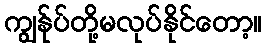
ကျွန်ုပ်တို့မလုပ်နိုင်တော့။